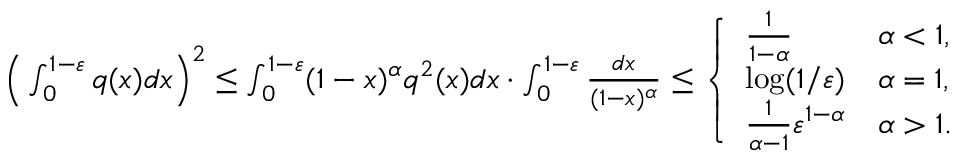
\begin{array} { r } { \Big ( \int _ { 0 } ^ { 1 - \varepsilon } q ( x ) d x \Big ) ^ { 2 } \leq \int _ { 0 } ^ { 1 - \varepsilon } ( 1 - x ) ^ { \alpha } q ^ { 2 } ( x ) d x \cdot \int _ { 0 } ^ { 1 - \varepsilon } \frac { d x } { ( 1 - x ) ^ { \alpha } } \leq \left\{ \begin{array} { l l } { \frac { 1 } { 1 - \alpha } } & { \alpha < 1 , } \\ { \log ( 1 / \varepsilon ) } & { \alpha = 1 , } \\ { \frac { 1 } { \alpha - 1 } \varepsilon ^ { 1 - \alpha } } & { \alpha > 1 . } \end{array} \right. } \end{array}